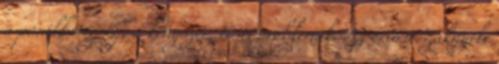
a pánikbetegség, a kényszer, testi problémák. Az orvosi szaknyelv